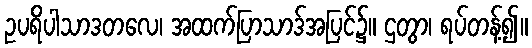
ဥပရိပါသာဒတလေ၊ အထက်ပြာသာဒ်အပြင်၌။ ဌတွာ၊ ရပ်တန့်၍။